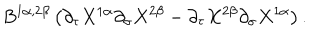
B ^ { 1 \alpha , 2 \beta } \left( \partial _ { \tau } X ^ { 1 \alpha } \partial _ { \sigma } X ^ { 2 \beta } - \partial _ { \tau } X ^ { 2 \beta } \partial _ { \sigma } X ^ { 1 \alpha } \right) .